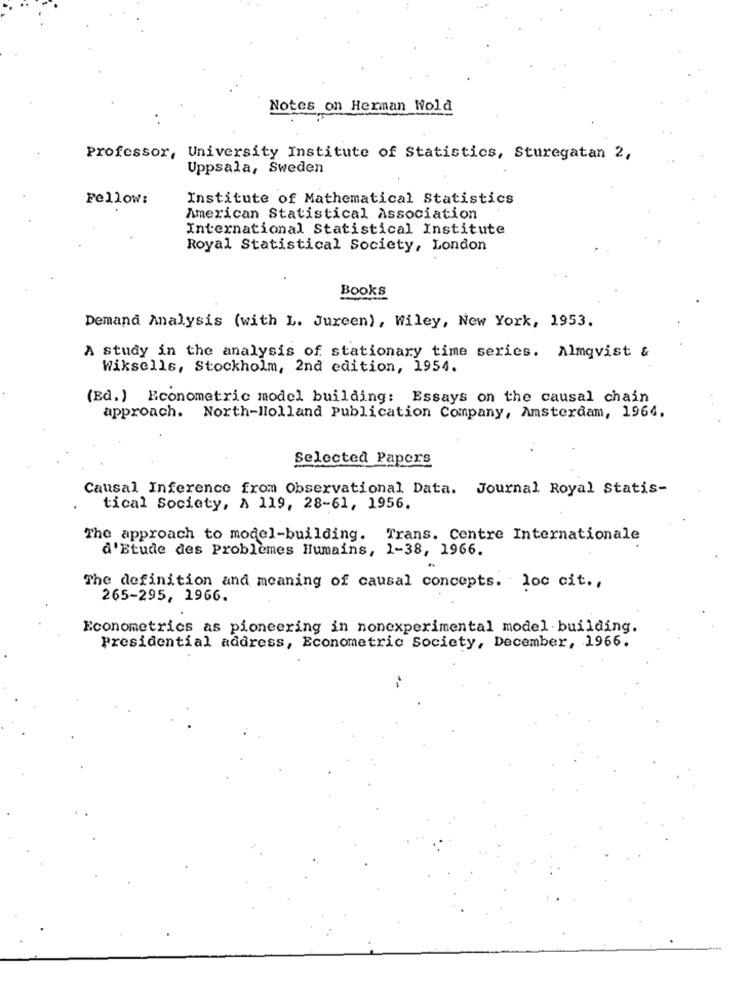
Notes on Herman Wold
Professor, University Institute of Statistics, Sturegatan 2,
Uppsala, Sweden
Fellow:
Institute of Mathematical Statistics
American Statistical Association
International Statistical Institute
Royal Statistical Society, London
Books
Demand Analysis (with L. Jureen), Wiley, New York, 1953.
A study in the analysis of stationary time series. Almqvist &
Wiksells, Stockholm, 2nd edition, 1954.
(Ed. ) Econometric model building: Essays on the causal chain
approach. North-lolland Publication Company, Amsterdam, 1964.
Selected Papers
Causal Inference from Observational Data. Journal Royal Statis-
tical Society, A 119, 28-61, 1956.
The approach to model-building. Trans. Centre Internationale
d'Etude des Problèmes Humains, 1-38, 1966.
The definition and meaning of causal concepts. loc cit .,
265-295, 1966.
Econometrics as pioneering in nonexperimental model building.
Presidential address, Econometric Society, December, 1966.